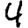
Digit: 4